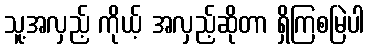
သူ့အလှည့် ကိုယ့် အလှည့်ဆိုတာ ရှိကြစမြဲပါ